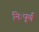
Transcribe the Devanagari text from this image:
निःपूर्ण